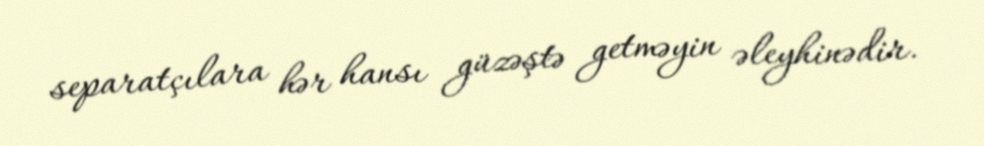
separatçılara hər hansı güzəştə getməyin əleyhinədir.